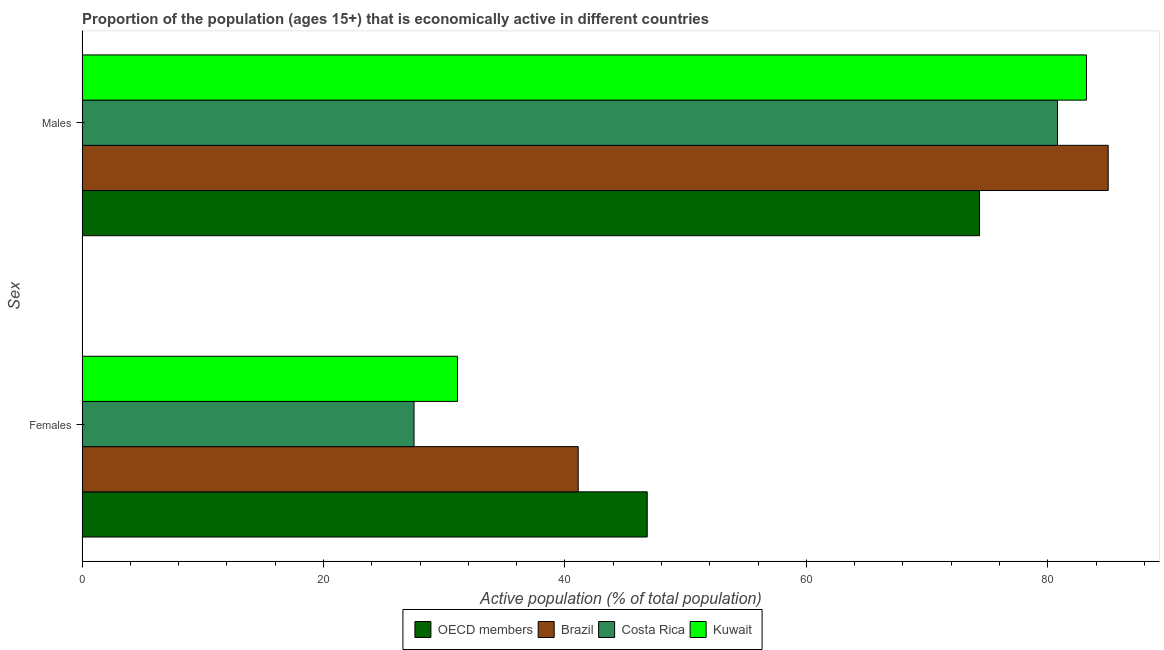
| Sex | OECD members | Brazil | Costa Rica | Kuwait |
 | --- | --- | --- | --- | --- |
 | Females | 46.8 | 41.1 | 27.5 | 31.1 |
 | Males | 74.3 | 85 | 80.8 | 83.2 |